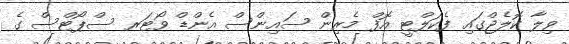
ވިލާ ކޮލެޖްގައި ފެކަލްޓީ އޮފް މެރިން ސައިންސް އެންޑް ވޯޓަރ ސްޕޯޓްސް ގެ